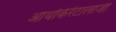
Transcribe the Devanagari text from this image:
आर्थोकेरेटालाजी